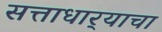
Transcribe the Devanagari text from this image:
सत्ताधार्‍याचा